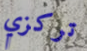
تركزي